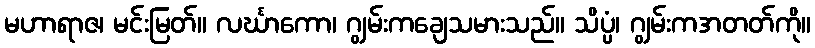
မဟာရာဇ၊ မင်းမြတ်။ လင်္ဃာကော၊ ဂျွမ်းကချေသမားသည်။ သိပ္ပံ၊ ဂျွမ်းကအတတ်ကို။